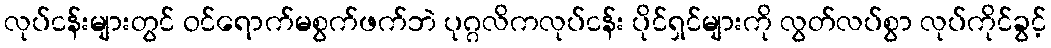
လုပ်ငန်းများတွင် ဝင်ရောက်မစွက်ဖက်ဘဲ ပုဂ္ဂလိကလုပ်ငန်း ပိုင်ရှင်များကို လွတ်လပ်စွာ လုပ်ကိုင်ခွင့်